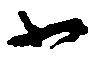
北